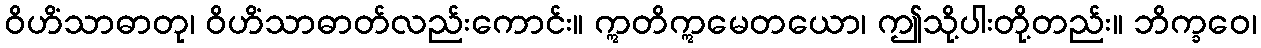
ဝိဟိံသာဓာတု၊ ဝိဟိံသာဓာတ်လည်းကောင်း။ ဣတိဣမေတယော၊ ဤသို့ပါးတို့တည်း။ ဘိက္ခဝေ၊